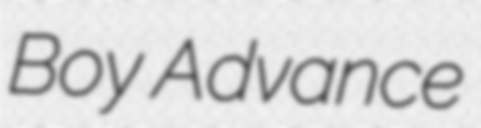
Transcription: Boy Advance